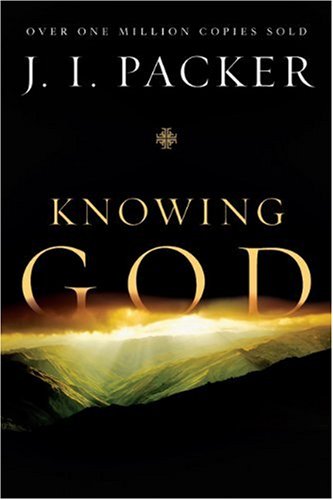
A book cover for Knowing God; J. I. Packer; Christian Books & Bibles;